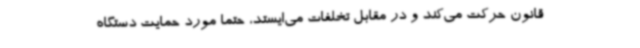
قانون حرکت می‌کند و در مقابل تخلفات می‌ایستد، حتما مورد حمایت دستگاه